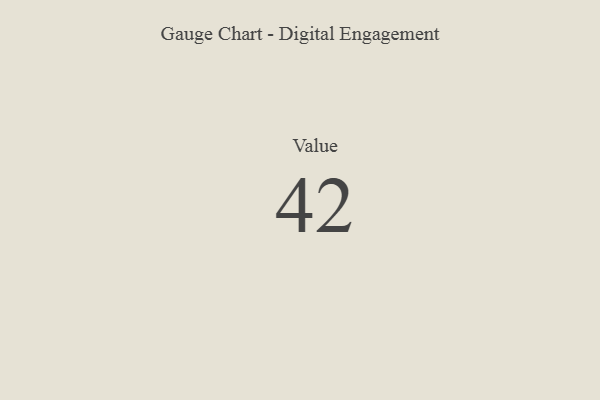
{"axis": {"x": "Metric", "y": "Value"}, "legend": [""], "data": [{"x": "Value", "y": 42, "type": ""}]}